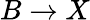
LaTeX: B\rightarrow X